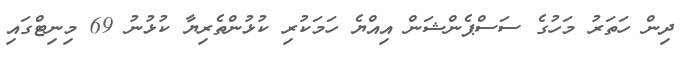
ދިން ހަތަރު މަހުގެ ސަސްޕެންޝަން އިއްޔެ ހަމަކުރި ކުޅުންތެރިޔާ ކުޅުނު 69 މިނިޓްގައި